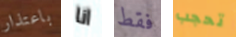
باعتذار انا فقط تحجب